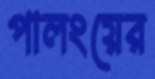
পালংয়ের